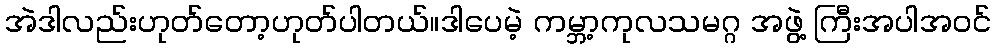
အဲဒါလည်းဟုတ်တော့ဟုတ်ပါတယ်။ဒါပေမဲ့ ကမ္ဘာ့ကုလသမဂ္ဂ အဖွဲ့ ကြီးအပါအဝင်